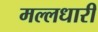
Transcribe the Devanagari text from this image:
मल्लधारी